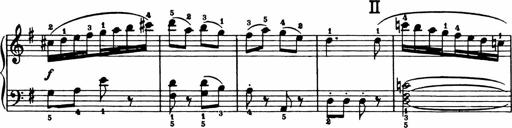
Title: Analytical Sonatinas
Composer: Frank Lynes